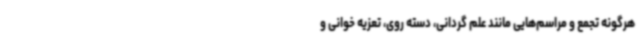
هرگونه تجمع و مراسم‌هایی مانند علم گردانی، دسته روی، تعزیه خوانی و